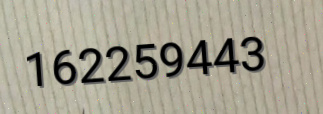
162259443